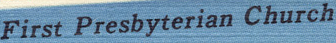
First Presbyterian Church